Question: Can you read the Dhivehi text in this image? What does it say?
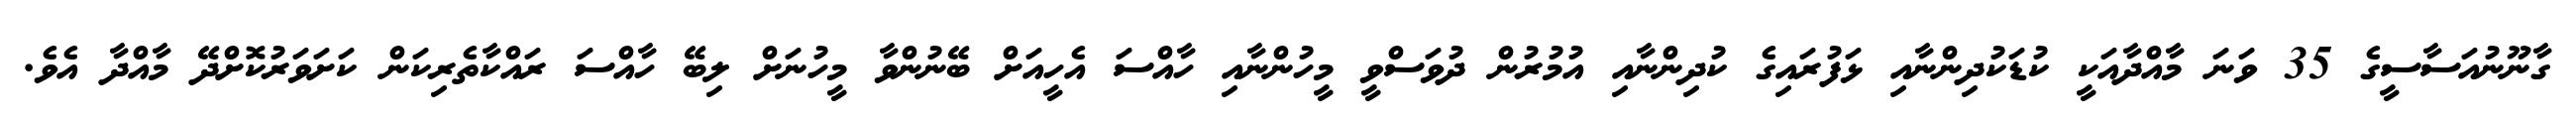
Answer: ގާނޫނުއަސާސީގެ 35 ވަނަ މާއްދާއަކީ ކުޑަކުދިންނާއި ޅަފުރައިގެ ކުދިންނާއި އުމުރުން ދުވަސްވީ މީހުންނާއި ހާއްސަ އެހީއަށް ބޭނުންވާ މީހުނަށް ލިބޭ ހާއްސަ ރައްކާތެރިކަން ކަށަވަރުކޮށްދޭ މާއްދާ އެވެ.